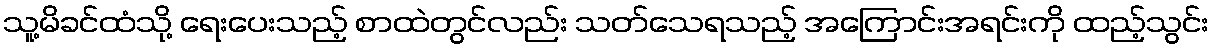
သူ့မိခင်ထံသို့ ရေးပေးသည့် စာထဲတွင်လည်း သတ်သေရသည့် အကြောင်းအရင်းကို ထည့်သွင်း